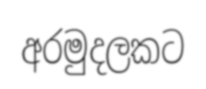
අරමුදලකට